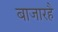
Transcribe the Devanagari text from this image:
बाजारहै